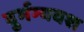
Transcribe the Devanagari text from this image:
दुर्भग्यवश